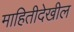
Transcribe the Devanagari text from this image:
माहितीदेखील